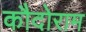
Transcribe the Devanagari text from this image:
कौदोराम